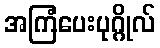
အကြံပေးပုဂ္ဂိုလ်